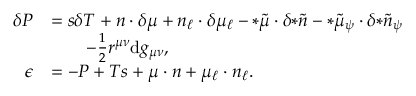
\begin{array} { r l } { \delta P } & { = s \delta T + n \cdot \delta \mu + n _ { \ell } \cdot \delta \mu _ { \ell } - { * \tilde { \mu } } \cdot \delta { * \tilde { n } } - { * \tilde { \mu } _ { \psi } } \cdot \delta { * \tilde { n } _ { \psi } } } \\ & { \qquad - \frac { 1 } { 2 } r ^ { \mu \nu } \mathrm { d } g _ { \mu \nu } , } \\ { \epsilon } & { = - P + T s + \mu \cdot n + \mu _ { \ell } \cdot n _ { \ell } . } \end{array}